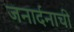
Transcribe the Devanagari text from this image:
जनार्दनाची